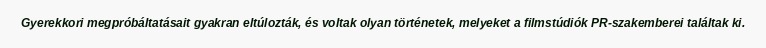
Gyerekkori megpróbáltatásait gyakran eltúlozták, és voltak olyan történetek, melyeket a filmstúdiók PR-szakemberei találtak ki.